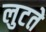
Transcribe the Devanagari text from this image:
लुटते